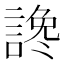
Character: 𲁰